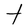
Character: t